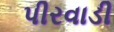
પીરવાડી